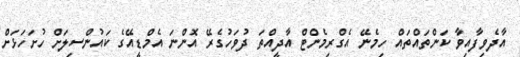
އާދެވިފާއިވާ ކަންތައްތައް ހިމެނޭ އެގްރިމެންޓް އާދީއްތަ ދުވަހުގެރޭ އޮންނަ އެމްޑީއޭގެ ކައުންސިލަށް ހުށަހަޅަށް